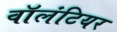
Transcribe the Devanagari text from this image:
वाॅलंटियर